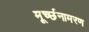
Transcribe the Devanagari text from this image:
मूर्च्छनामरण